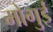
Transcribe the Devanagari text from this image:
मोगुई